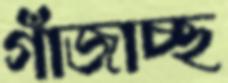
গাঁজাচ্ছ